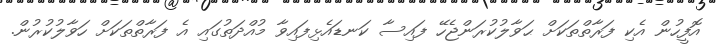
އޮފީހުން އެކި ފަރާތްތަކަށް ޙަވާލުކުރަންޖެހޭ ފައިސާ ކަނޑައެޅިފައިވާ މުއްދަތުގައި އެ ފަރާތްތަކަށް ހަވާލުކުރުން.